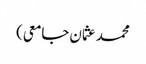
محمد عثمان جامعی)